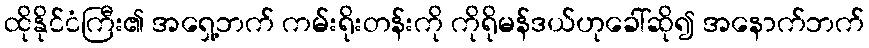
ထိုနိုင်ငံကြီး၏ အရှေ့ဘက် ကမ်းရိုးတန်းကို ကိုရိုမန်ဒယ်ဟုခေါ်ဆို၍ အနောက်ဘက်